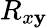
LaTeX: R_{x\mathbf{y}}